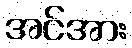
အင်အား